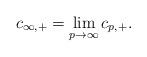
LaTeX: \begin{align*}c_{\infty,+}=\lim_{p\to\infty} c_{p,+}.\end{align*}